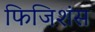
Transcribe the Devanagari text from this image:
फिजिशंस